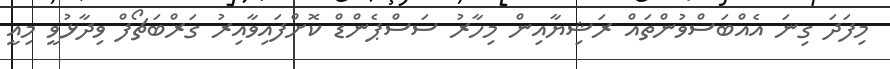
މިފަދަ ގިނަ އެއްބަސްވުންތައް ރަޝިޔާއިން މިހާރު ސަސްޕެންޑް ކޮށްފައިވާއިރު ގަރްބަޗޯފް ވިދާޅުވީ މިއީ